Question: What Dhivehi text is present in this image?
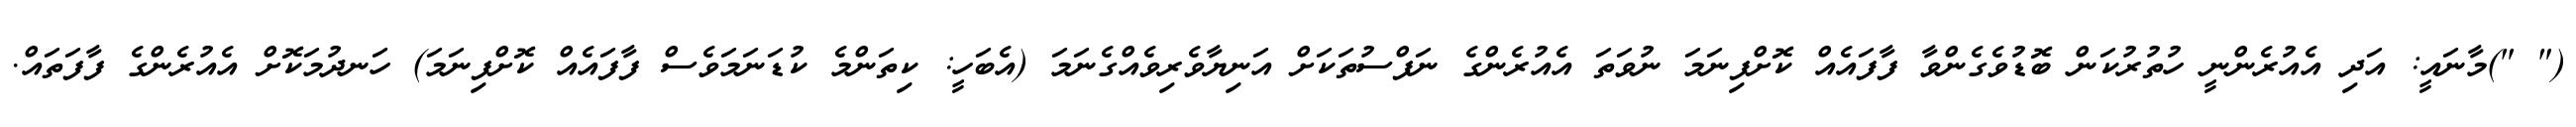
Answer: (" ")މާނައީ: އަދި އެއުރެންނީ ހުތުރުކަން ބޮޑުވެގެންވާ ފާފައެއް ކޮށްފިނަމަ ނުވަތަ އެއުރެންގެ ނަފްސުތަކަށް އަނިޔާވެރިވެއްގެނަމަ (އެބަހީ: ކިތަންމެ ކުޑަނަމަވެސް ފާފައެއް ކޮށްފިނަމަ) ހަނދުމަކޮށް އެއުރެންގެ ފާފަތައް.